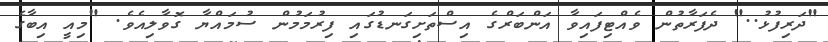
"ދަރިފުޅު.." ދެފަރާތުން ވެއްޓިފައިވާ އަންބަރްގެ އިސްތަށިގަނޑުގައި ފިރުމަމުން ސުމައްޔާ ގޮވާލިއެވެ. "މިއީ އިބާގެ